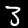
Label: 3